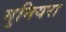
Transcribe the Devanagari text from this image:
मुनियरा